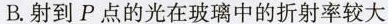
B.射到P点的光在玻璃中的折射率较大